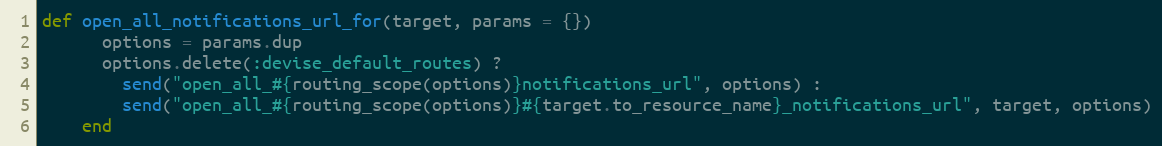
Language: Ruby
def open_all_notifications_url_for(target, params = {})
      options = params.dup
      options.delete(:devise_default_routes) ?
        send("open_all_#{routing_scope(options)}notifications_url", options) :
        send("open_all_#{routing_scope(options)}#{target.to_resource_name}_notifications_url", target, options)
    end